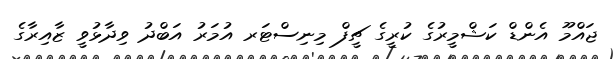
ޖައްމޫ އެންޑް ކަޝްމީރުގެ ކުރީގެ ޗީފް މިނިސްޓަރ އުމަރު އަބްދު ވިދާޅުވީ ޒާއިރާގެ